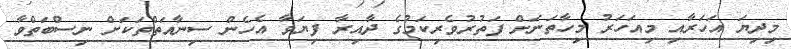
މިދިޔަ އަހަރާއި މިއަހަރު މިހާތަނަށް ފަތުރުވެރިކަމުގެ ދާއިރާ ފިޔަވާ އެހެން ސިނާއަތްތަކަށް ނިސްބަތްވާ